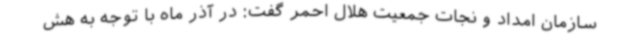
سازمان امداد و نجات جمعیت هلال احمر گفت: در آذر ماه با توجه به هش